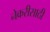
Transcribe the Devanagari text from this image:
नेकरीसाठी